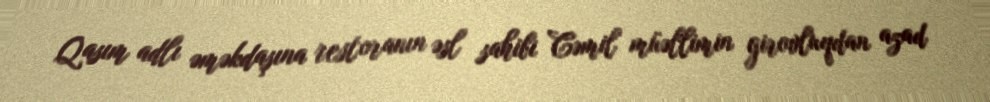
Qasım adlı əməkdaşına restoranın əsl sahibi Cəmil müəllimin girovluqdan azad